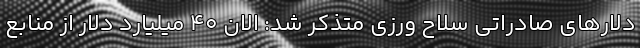
دلارهای صادراتی سلاح ورزی متذکر شد: الان 40 میلیارد دلار از منابع